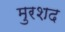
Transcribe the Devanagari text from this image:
मुरशद